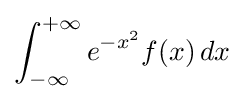
\int _{-\infty }^{+\infty }e^{-x^{2}}f(x)\,dx